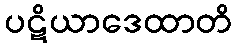
ပဋိယာဒေထာတိ